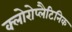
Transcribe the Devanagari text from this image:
क्लोरोप्लैटिनिक